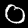
Label: 0